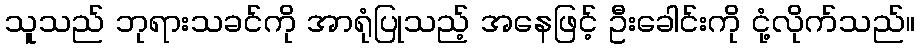
သူသည် ဘုရားသခင်ကို အာရုံပြုသည့် အနေဖြင့် ဦးခေါင်းကို ငုံ့လိုက်သည်။